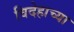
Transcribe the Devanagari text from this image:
विदेहाच्या